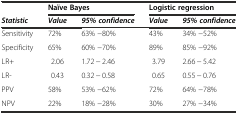
<table><thead><tr><td></td><td colspan="2"><b>Naïve Bayes</b></td><td colspan="2"><b>Logistic regression</b></td></tr><tr><td><b><i>Statistic</i></b></td><td><b><i>Value</i></b></td><td><b><i>95% confidence</i></b></td><td><b><i>Value</i></b></td><td><b><i>95% confidence</i></b></td></tr></thead><tbody><tr><td>Sensitivity</td><td>72%</td><td>63% −80%</td><td>43%</td><td>34% −52%</td></tr><tr><td>Specificity</td><td>65%</td><td>60% −70%</td><td>89%</td><td>85% −92%</td></tr><tr><td>LR+</td><td>2.06</td><td>1.72 − 2.46</td><td>3.79</td><td>2.66 − 5.42</td></tr><tr><td>LR-</td><td>0.43</td><td>0.32 − 0.58</td><td>0.65</td><td>0.55 − 0.76</td></tr><tr><td>PPV</td><td>58%</td><td>53% −62%</td><td>72%</td><td>64% −78%</td></tr><tr><td>NPV</td><td>22%</td><td>18% −28%</td><td>30%</td><td>27% −34%</td></tr></tbody></table>